Civil Veterinary Department. Central Provinces & Berar 1932-41 - 1932-1941
Year: 1932
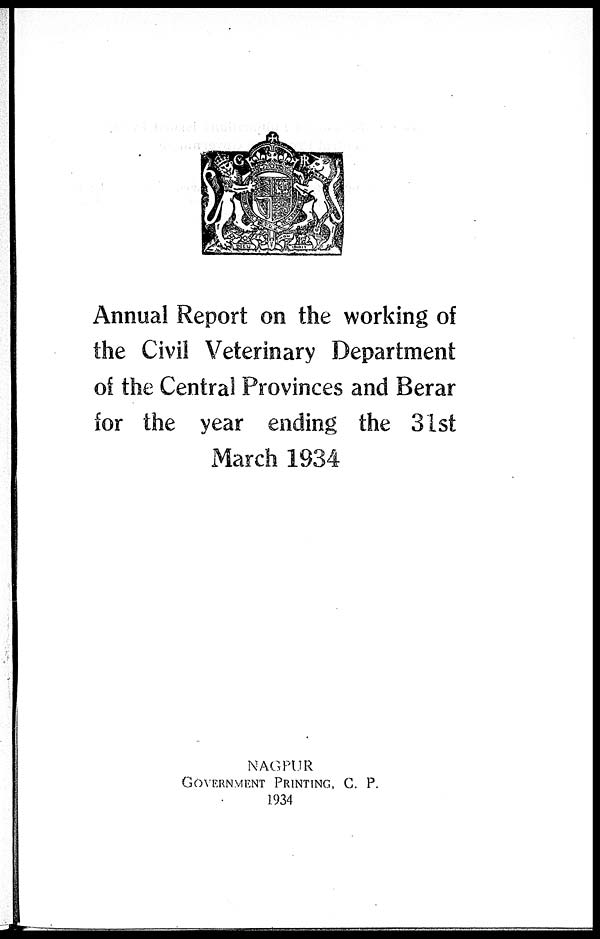
Annual Report on the working of
the Civil Veterinary Department
of the Central Provinces and Berar
for the year ending the 31st
March 1934
NAGPUR
GOVERNMENT PRINTING , C. P.
1934